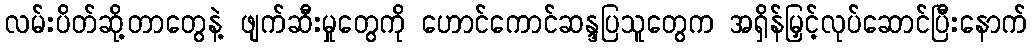
လမ်းပိတ်ဆို့တာတွေနဲ့ ဖျက်ဆီးမှုတွေကို ဟောင်ကောင်ဆန္ဒပြသူတွေက အရှိန်မြှင့်လုပ်ဆောင်ပြီးနောက်